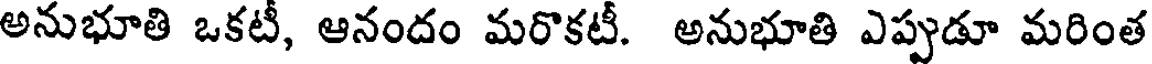
అనుభూతి ఒకటీ, ఆనందం మరొకటీ. అనుభూతి ఎప్పుడూ మరింత